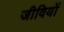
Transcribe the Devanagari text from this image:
जीवियों